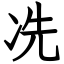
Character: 冼